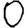
Digit: 0